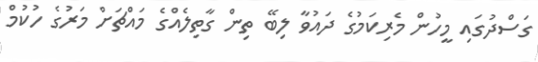
ގަސްދުގައި މީހުން މެރިކަމުގެ ދައުވާ ލިބޭ ތިން ގާތިލެއްގެ މައްޗަށް މަރުގެ ހުކުމް